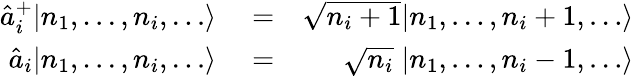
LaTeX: \begin{array}{rlr}{\hat{a}_{i}^{+}|n_{1},\dots,n_{i},\dots\rangle}&{{}=}&{\sqrt{n_{i}+1}|n_{1},\dots,n_{i}+1,\dots\rangle}\\ {\hat{a}_{i}|n_{1},\dots,n_{i},\dots\rangle}&{{}=}&{\; \; \; \; \; \sqrt{n_{i}}\; |n_{1},\dots,n_{i}-1,\dots\rangle}\end{array}